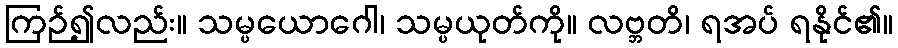
ကြဉ်၍လည်း။ သမ္ပယောဂေါ၊ သမ္ပယုတ်ကို။ လဗ္ဘတိ၊ ရအပ် ရနိုင်၏။